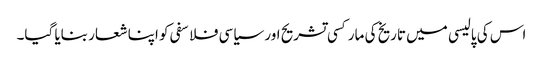
اس کی پالیسی میں تاریخ کی مارکسی تشریح اور سیاسی فلاسفی کو اپنا شعار بنایا گیا۔